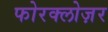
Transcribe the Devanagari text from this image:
फोरक्लोज़र